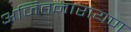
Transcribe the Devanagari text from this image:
अजितनारायण